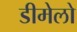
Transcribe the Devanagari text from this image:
डीमेलो